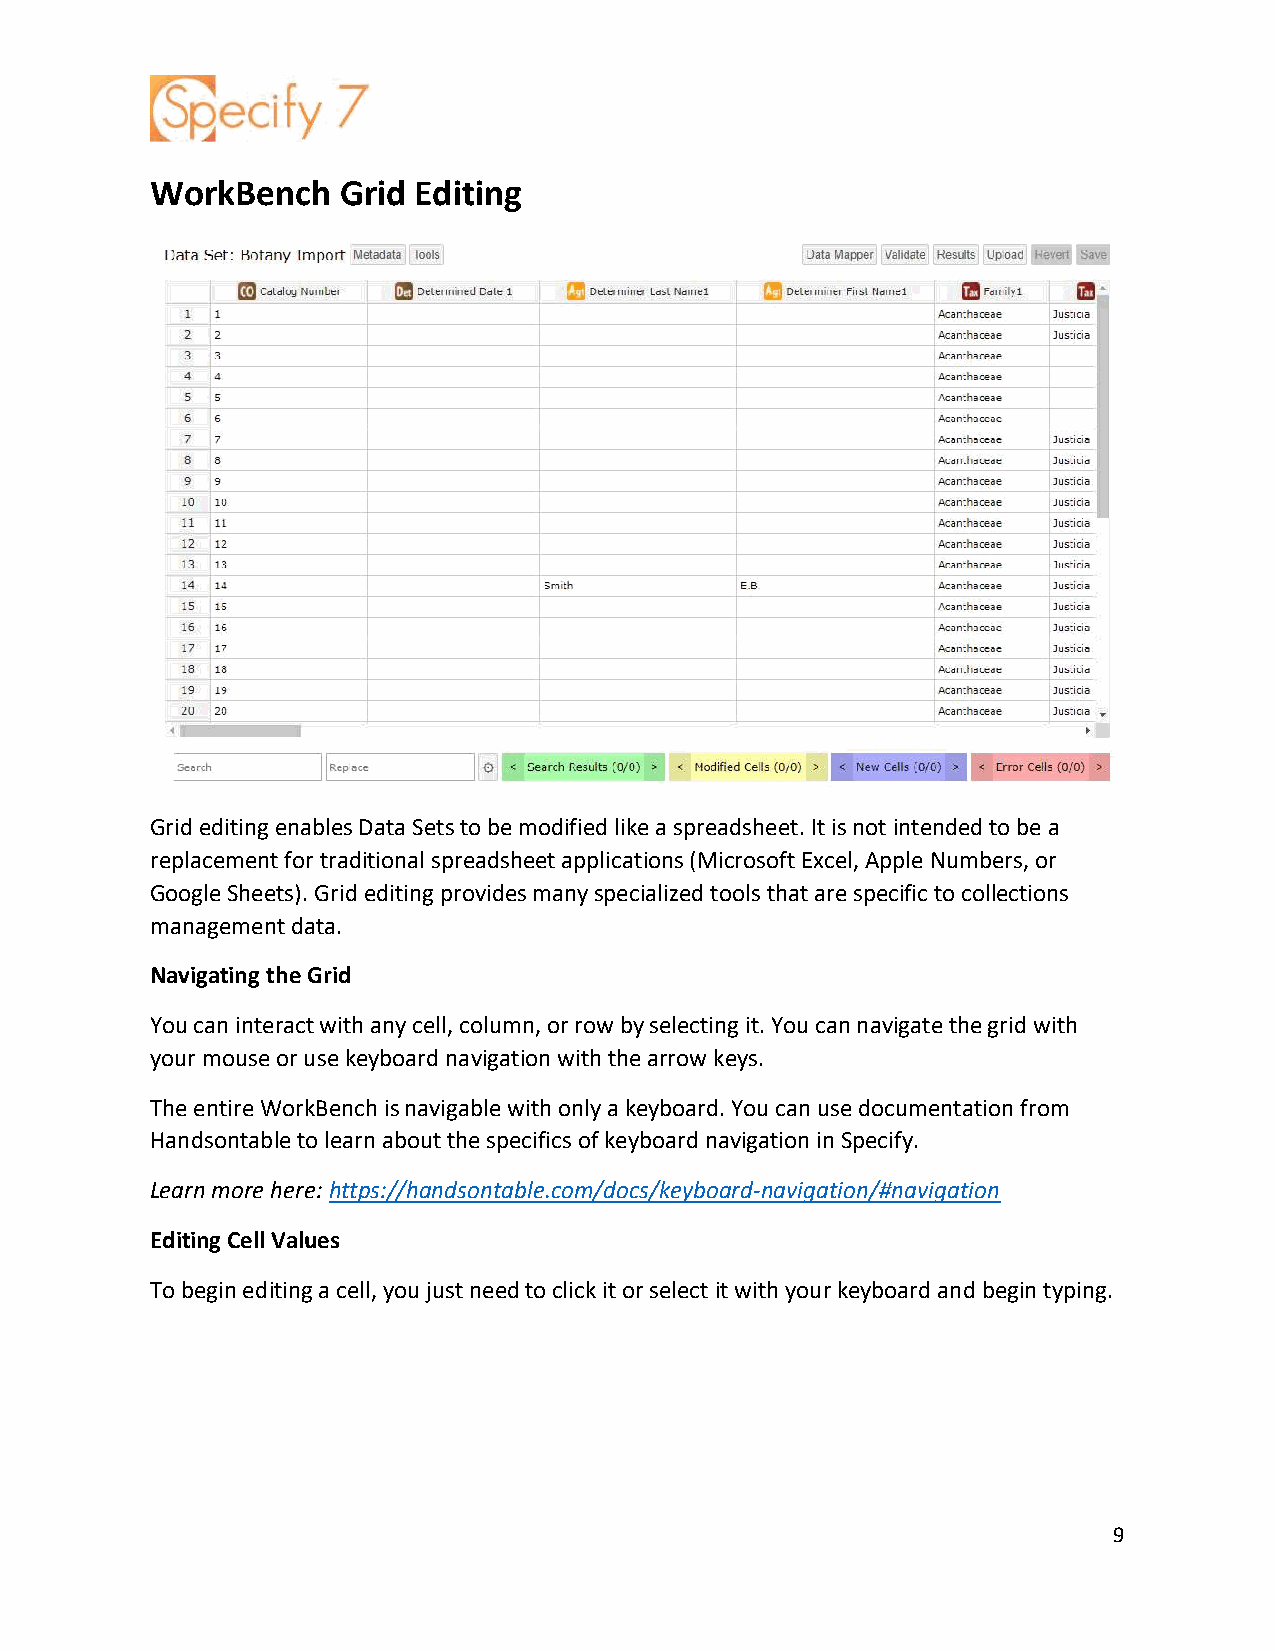
WorkBench   Grid Editing
 Grid editing enables Data Sets to be modified like a spreadsheet. It is not intended to be a
 replacement for traditional spreadsheet applications (Microsoft Excel, Apple Numbers, or
 Google Sheets). Grid editing provides many specialized tools that are specific to collections
 management data.
 Navigating the Grid
 You can interact with any cell, column, or row by selecting it. You can navigate the grid with
 your mouse or use keyboard navigation with the arrow keys.
 The entire WorkBench is navigable with only a keyboard. You can use documentation from
 Handsontable to learn about the specifics of keyboard navigation in Specify.
 Learn more here: https://handsontable.com/docs/keyboard-navigation/#navigation
 Editing Cell Values
 To begin editing a cell, you just need to click it or select it with your keyboard and begin typing.
 9